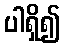
ပါရှိ၍